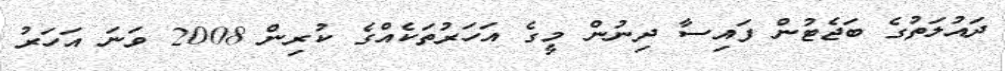
ދައުލަތުގެ ބަޖެޓުން ފައިސާ ދިނުން މީގެ އަހަރުތަކެއްގެ ކުރިން 2008 ވަނަ އަހަރު